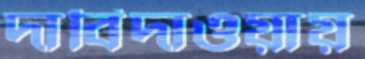
দাবিদাওয়ায়